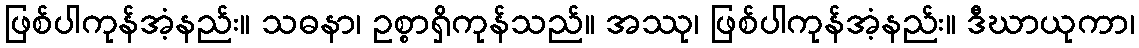
ဖြစ်ပါကုန်အံ့နည်း။ သဓနာ၊ ဥစ္စာရှိကုန်သည်။ အဿု၊ ဖြစ်ပါကုန်အံ့နည်း။ ဒီဃာယုကာ၊